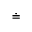
\doteq